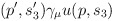
\begin{align*}(p^{\prime },s_{3}^{\prime })\gamma _{\mu }u(p,s_{3})\end{align*}